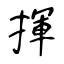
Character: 揮